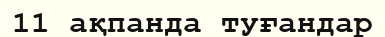
11 ақпанда туғандар